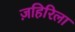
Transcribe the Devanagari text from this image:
ज़हिरिला